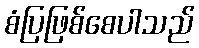
စံပြဖြစ်စေပါသည်